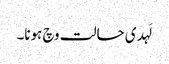
لَہدی حالت وچ ہونا۔